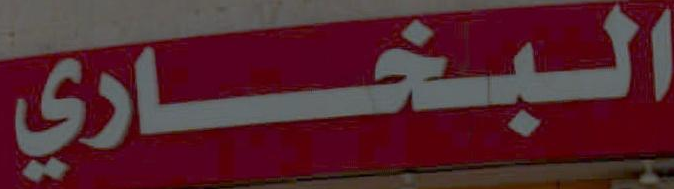
الـبـخـــــــاري